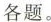
各题。